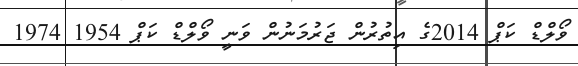
ވޯލްޑް ކަޕް 2014ގެ އިތުރުން ޖަރުމަނުން ވަނީ ވޯލްޑް ކަޕް 1954 1974